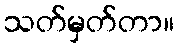
သတ်မှတ်တာ။